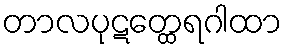
တာလပုဋတ္ထေရဂါထာ